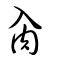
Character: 肏